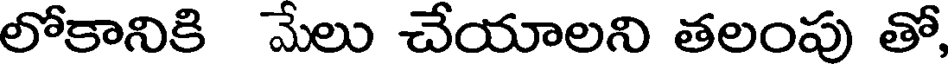
లోకానికి మేలు చేయాలని తలంపు తో,